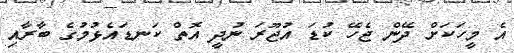
އެ މީހަކަށް ދޭން ޖެހޭ ކުޑަ އުޖޫރަ ނުދީ އޮތް ކަނޑައެޅުމުގެ ބާރާއި